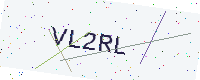
Text: VL2RL